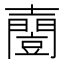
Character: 𡕌